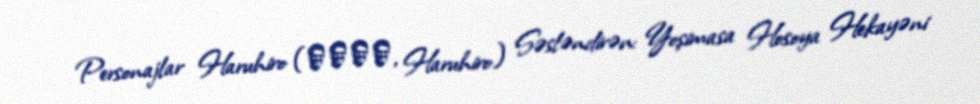
Personajlar Haruhiro (ハルヒロ, Haruhiro) Səsləndirən: Yoşimasa Hosoya Hekayəni